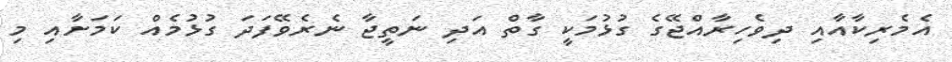
އެމެރިކާއާއި ދިވެހިރާއްޖޭގެ ގުޅުމަކީ ގާތް އަދި ނަތީޖާ ނެރެވޭފަދަ ގުޅުމެއް ކަމަށާއި މި